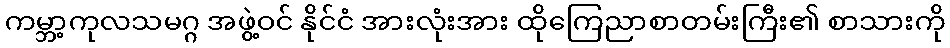
ကမ္ဘာ့ကုလသမဂ္ဂ အဖွဲ့ဝင် နိုင်ငံ အားလုံးအား ထိုကြေညာစာတမ်းကြီး၏ စာသားကို